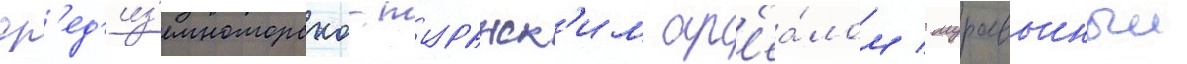
ср'ед'из'емноморско-туранск'им ар'еа́лом / муравьиныи